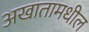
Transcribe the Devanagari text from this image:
अखातामधील